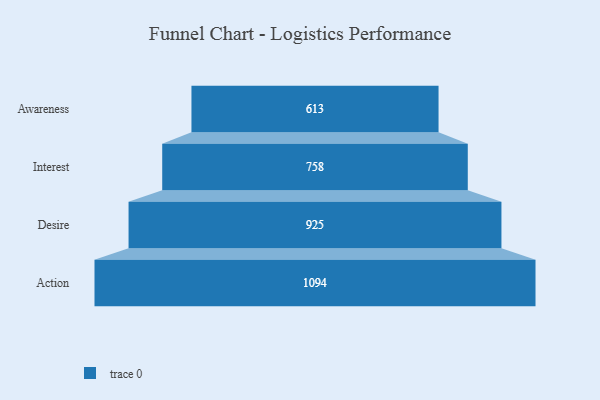
{"axis": {"x": "Stage", "y": "Value"}, "legend": [""], "data": [{"x": "Awareness", "y": 613.0, "type": ""}, {"x": "Interest", "y": 758.0, "type": ""}, {"x": "Desire", "y": 925.0, "type": ""}, {"x": "Action", "y": 1094.0, "type": ""}]}